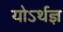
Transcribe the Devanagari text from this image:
योऽर्थज्ञ